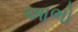
આભો